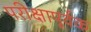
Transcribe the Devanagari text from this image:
परीक्षापूर्वक